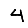
Digit: 4